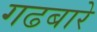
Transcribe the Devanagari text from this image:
गढबारे